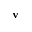
\mathbf { v }